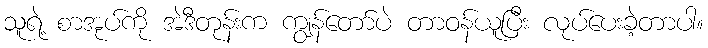
သူရဲ့ စာအုပ်ကို အဲဒီတုန်းက ကျွန်တော်ပဲ တာဝန်ယူပြီး လုပ်ပေးခဲ့တာပါ။